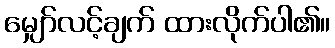
မျှော်လင့်ချက် ထားလိုက်ပါ၏။